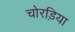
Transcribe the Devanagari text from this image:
चोरड़िया